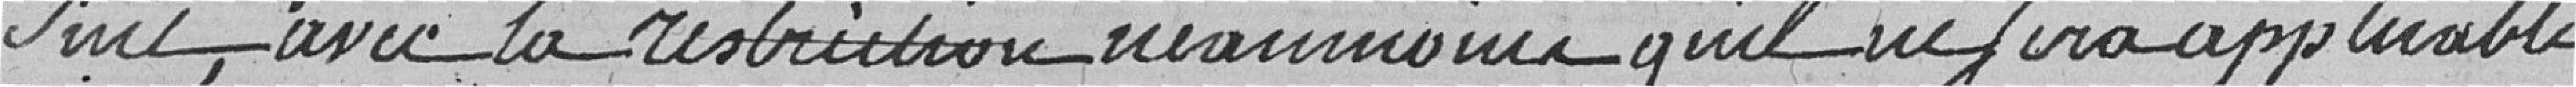
suit, avec la restriction néanmoins, qu'il ne sera applicable